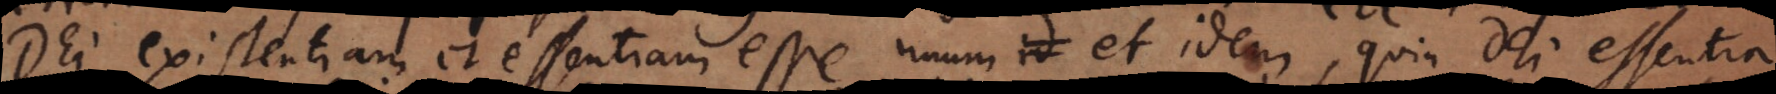
Dei existentiam et essentiam esse unum et idem, quia Dei essentia